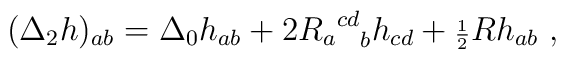
({\Delta}_2h)_{ab}={\Delta}_0h_{ab} +2{{R_{a}}^{cd}}_{b}h_{cd} + {\scriptstyle{\frac{1}{2}}}Rh_{ab}\ ,